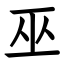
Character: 巫